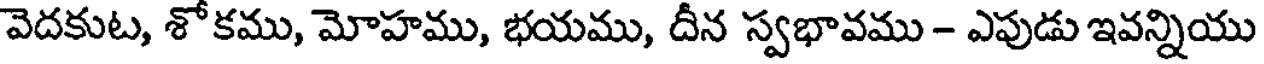
వెదకుట, శోకము, మోహము, భయము, దీన స్వభావము - ఎపుడు ఇవన్నియు